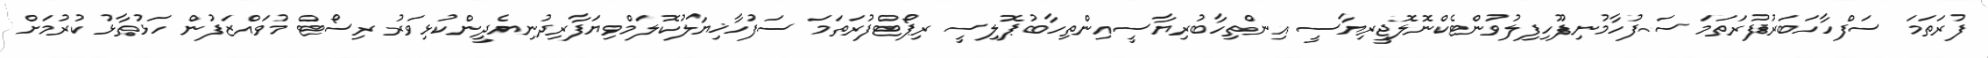
ފުރަތަމަ ސަފްހާހަބަރުފުރަތަމަ ސަފުހާމުނިފޫހިފިލުވުންޓެކްނޮލޮޖީރިޔާސީ އިންތިހާބުރިޔާސީއިންތިހާބުޕޮލިސީ ރިޕޯޓްފުރަތަމަ ސަފުހާޚިޔާލުކޮލަމްވިޔަފާރިދުނިޔެދީންކުޅިވަރު ރިސޯޓް މުވައްޒަފުން ހަޅުތާޅު ކުރުމަށް